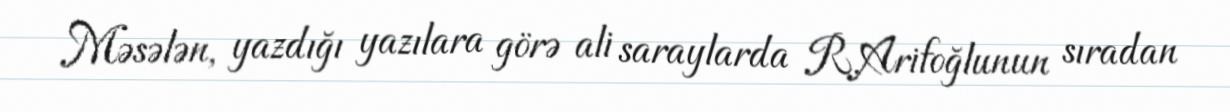
Məsələn, yazdığı yazılara görə ali saraylarda R.Arifoğlunun sıradan